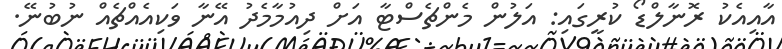
އާއިއެކު ރޮނާލްޑޯ ކުރީގައި: އަލުން މެންޗެސްޓާ އަށް ދިއުމާމެދު އޭނާ ވަކިއެއްޗެއް ނުބުނޭ.